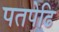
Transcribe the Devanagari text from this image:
पतपेढि